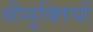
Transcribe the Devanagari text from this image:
श्रीसूक्तियों